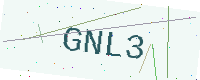
Text: GNL3